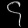
Digit: ၄